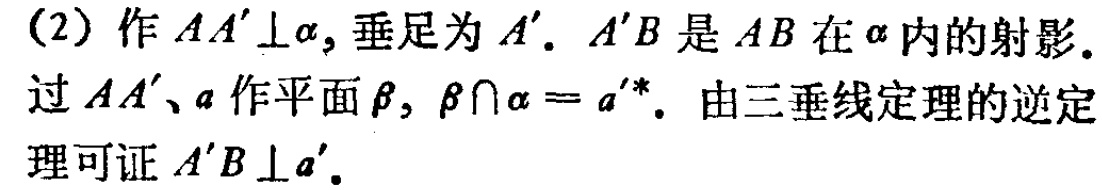
(2) 作 \(AA'\perp\alpha\)，垂足为 \(A'\). \(A'B\) 是 \(AB\) 在 \(\alpha\) 内的射影.
过 \(AA'\)、\(a\) 作平面 \(\beta\)，\(\beta\cap\alpha = a^{'*}\). 由三垂线定理的逆定
理可证 \(A'B\perp a'\).